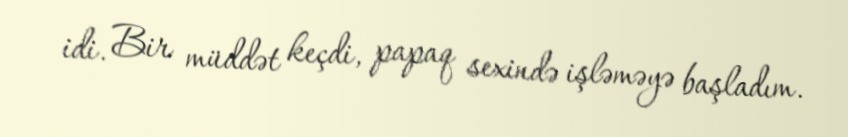
idi. Bir müddət keçdi, papaq sexində işləməyə başladım.